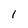
Character: l